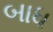
બાધ